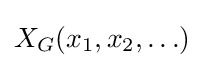
X_{G}(x_{1},x_{2},\ldots )